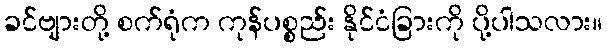
ခင်ဗျားတို့ စက်ရုံက ကုန်ပစ္စည်း နိုင်ငံခြားကို ပို့ပါသလား။